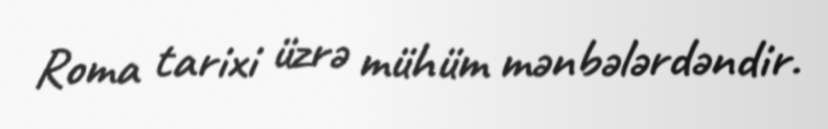
Roma tarixi üzrə mühüm mənbələrdəndir.